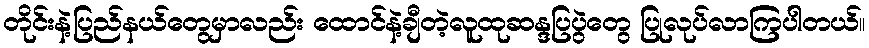
တိုင်းနဲ့ပြည်နယ်တွေမှာလည်း ထောင်နဲ့ချီတဲ့လူထုဆန္ဒပြပွဲတွေ ပြုလုပ်လာကြပါတယ်။